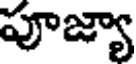
పూజ్యా